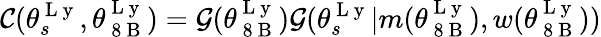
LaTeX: \mathcal{C}(\theta_{s}^{\mathrm{~L~y~}},\theta_{\mathrm{~8~B~}}^{\mathrm{~L~y~}})=\mathcal{G}(\theta_{\mathrm{~8~B~}}^{\mathrm{~L~y~}})\mathcal{G}(\theta_{s}^{\mathrm{~L~y~}}|m(\theta_{\mathrm{~8~B~}}^{\mathrm{~L~y~}}),w(\theta_{\mathrm{~8~B~}}^{\mathrm{~L~y~}}))